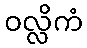
ဝလ္လိကံ